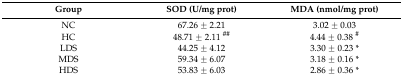
<table><thead><tr><td><b>Group</b></td><td><b>SOD (U/mg prot)</b></td><td><b>MDA (nmol/mg prot)</b></td></tr></thead><tbody><tr><td>NC</td><td>67.26 ± 2.21</td><td>3.02 ± 0.03</td></tr><tr><td>HC</td><td>48.71 ± 2.11 <sup>##</sup></td><td>4.44 ± 0.38 <sup>#</sup></td></tr><tr><td>LDS</td><td>44.25 ± 4.12</td><td>3.30 ± 0.23 *</td></tr><tr><td>MDS</td><td>59.34 ± 6.07</td><td>3.18 ± 0.16 *</td></tr><tr><td>HDS</td><td>53.83 ± 6.03</td><td>2.86 ± 0.36 *</td></tr></tbody></table>